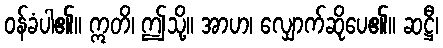
ဝန်ခံပါ၏။ ဣတိ၊ ဤသို့။ အာဟ၊ လျှောက်ဆိုပေ၏။ ဆဋ္ဌီ၊